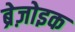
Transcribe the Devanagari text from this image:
ब्रेज़ोइक